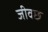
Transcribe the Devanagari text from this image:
जीवछ